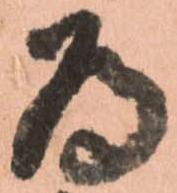
為